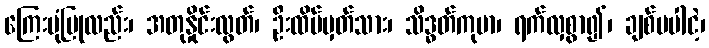
ကြေးမုံပြုလည်း၊ အတုနှိုင်းလွတ်၊ ဦးထိပ်မှတ်သား၊ သိဒ္ဓတ်ကုမာ၊ ရက်လှစွာ၍၊ ချစ်မပါငဲ့၊